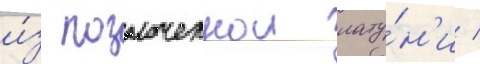
и́з позолоченнои лату́н'и /